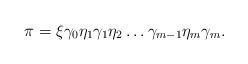
LaTeX: \begin{align*}\pi=\xi \gamma_0 \eta_1 \gamma_1\eta_2\ldots \gamma_{m-1} \eta_m\gamma_m.\end{align*}